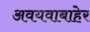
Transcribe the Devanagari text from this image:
अवयवाबाहेर